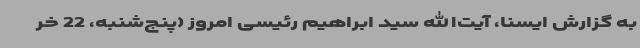
به گزارش ایسنا، آیت‌الله سید ابراهیم رئیسی امروز (پنج‌شنبه، 22 خر